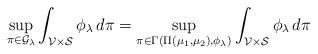
LaTeX: \begin{align*}\sup _{\pi \in \mathcal{G}_{ \lambda}} \int_{\mathcal{V} \times \mathcal{S} } \phi_\lambda \, d \pi =\sup_{ \pi \in \Gamma\left( \Pi(\mu_1, \mu_2) , \phi_\lambda \right) } \int_{\mathcal{V} \times \mathcal{S} } \phi_{\lambda} \, d \pi \end{align*}